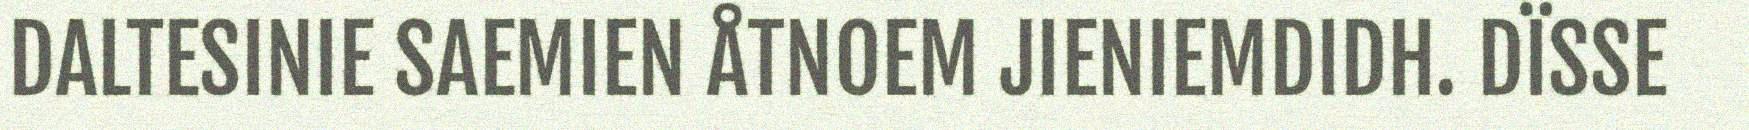
DALTESINIE SAEMIEN ÅTNOEM JIENIEMDIDH. DÏSSE